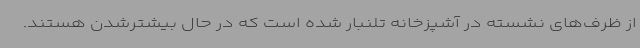
از ظرف‌های نشسته در آشپزخانه تلنبار شده است که در حال بیشترشدن هستند.